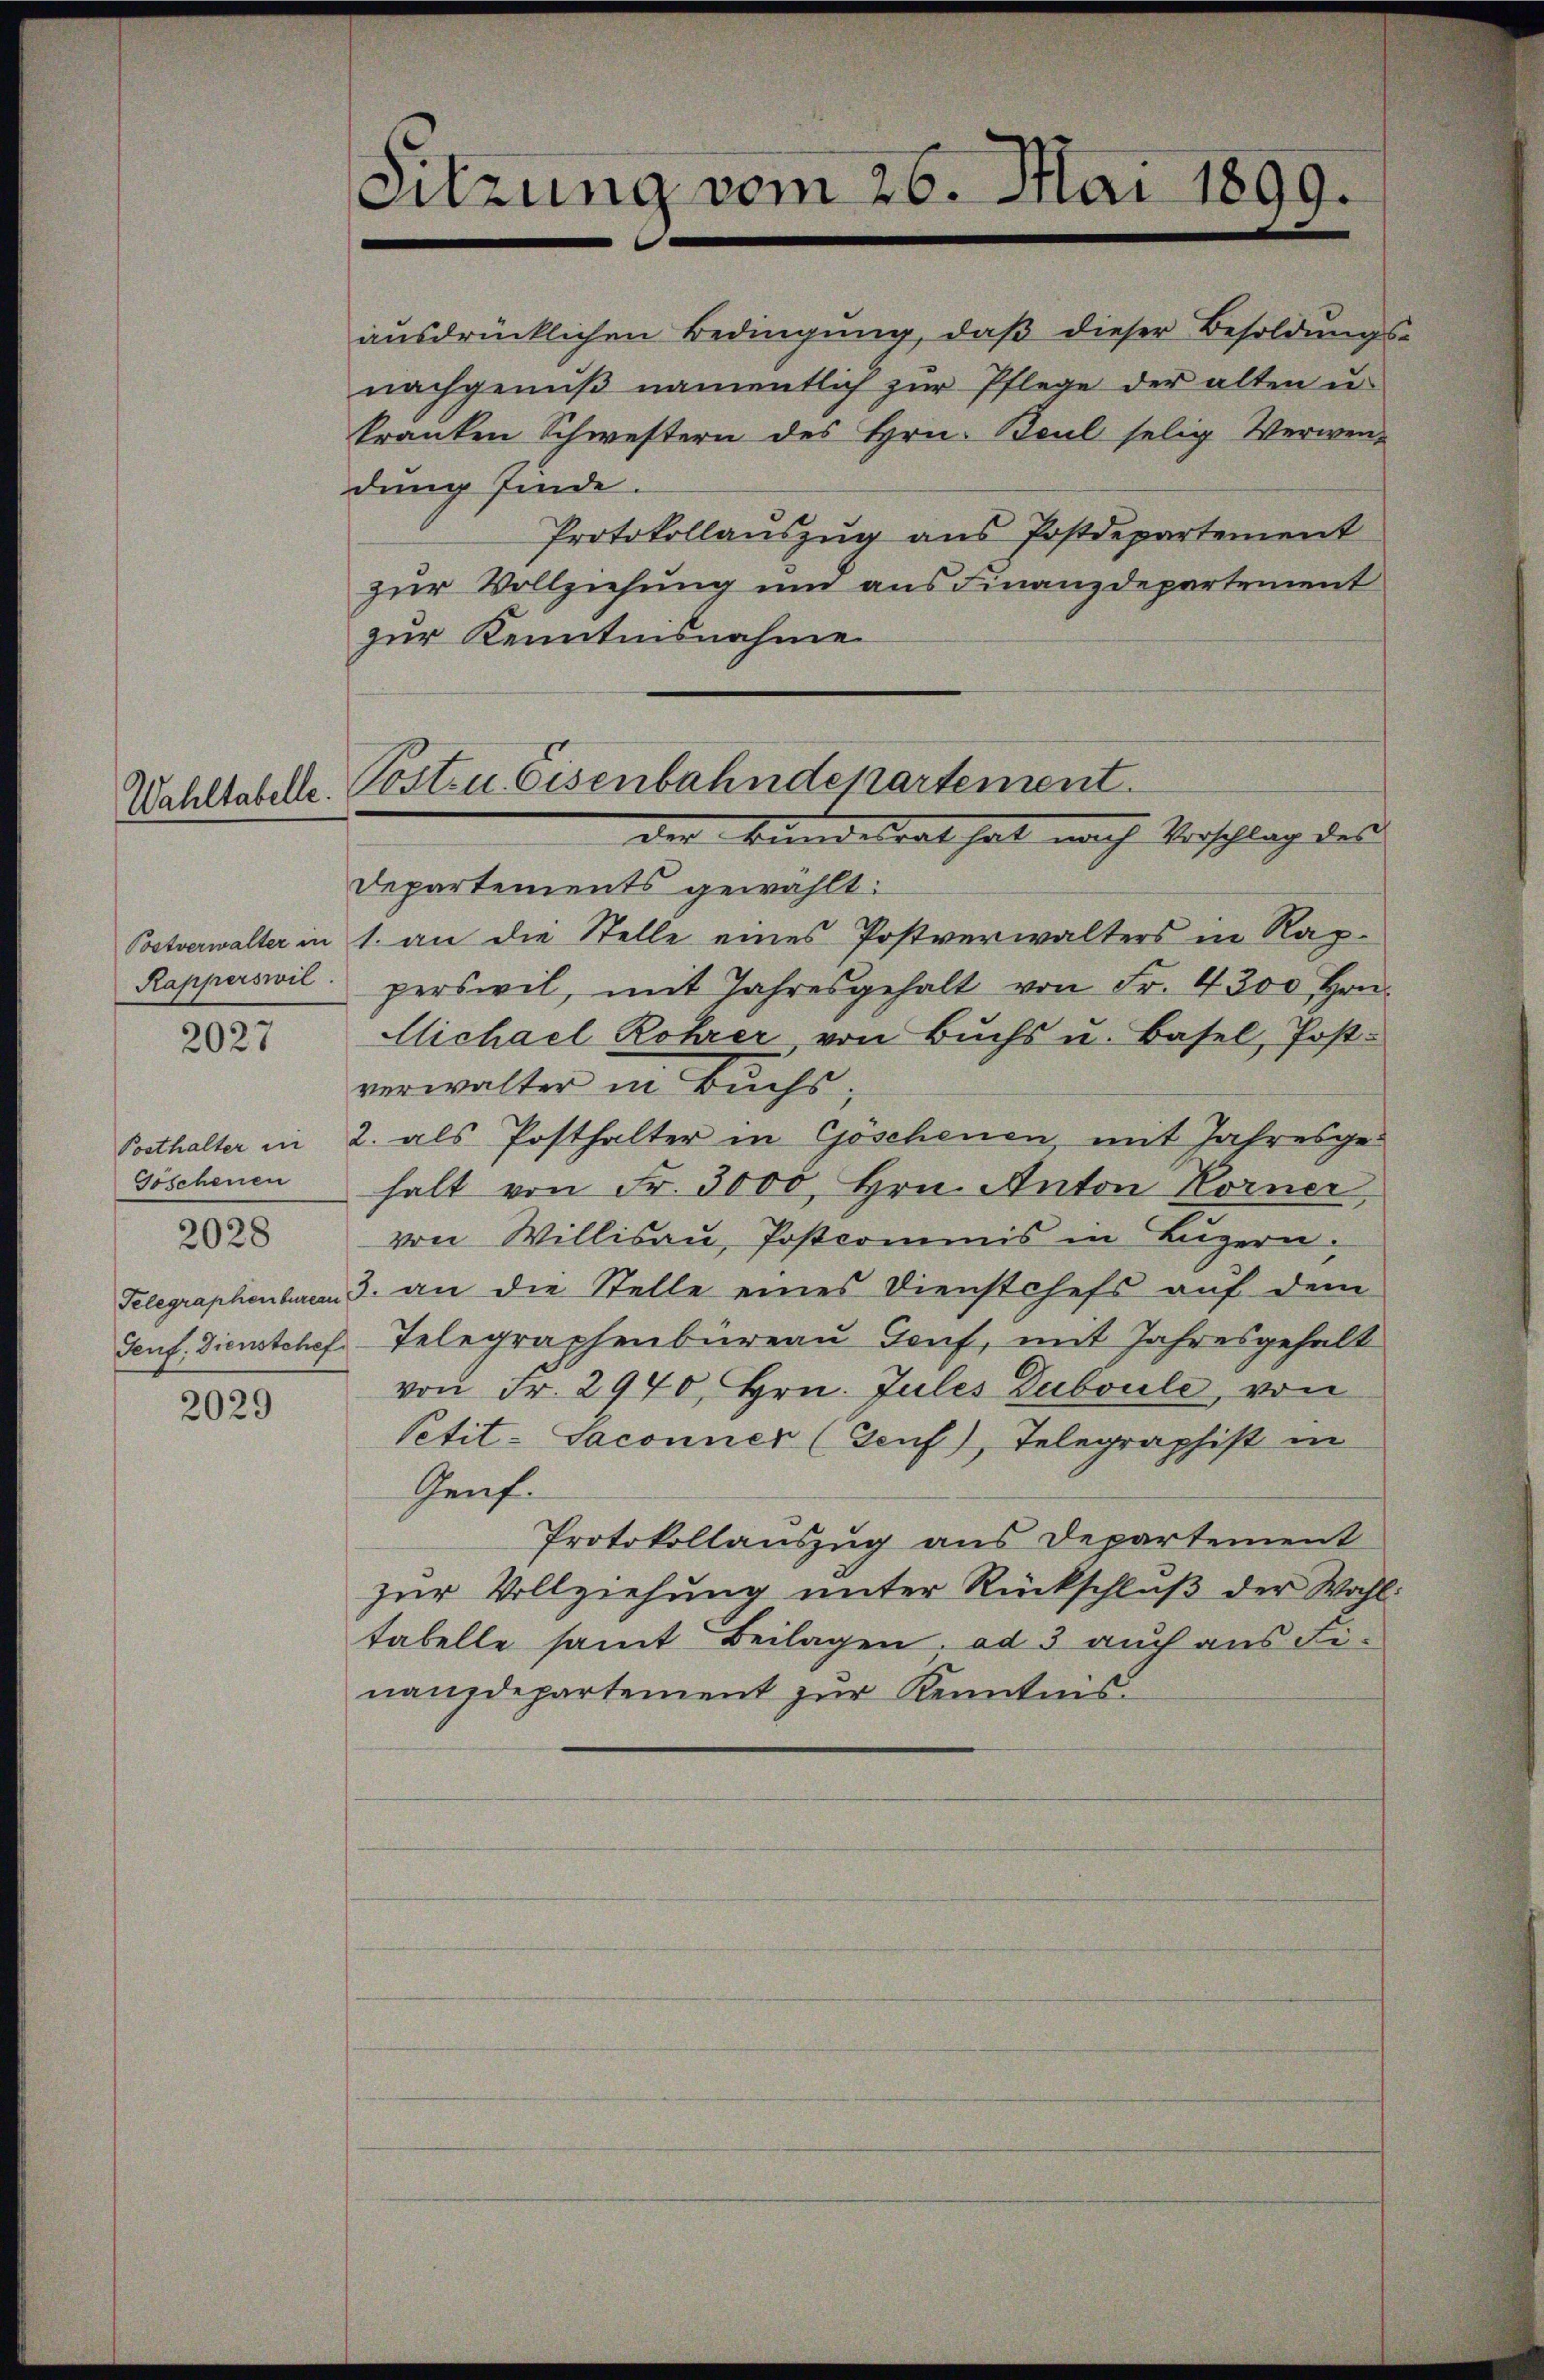
Rapperswil

2027

2028

2029

f

Goschenen
Genf. Dienstehef

Sitzung vom 26. Mai 1899.

Wahltabelle. Posten Eisenbahndepartement
der Bundesrat hat nach Vorschlag des

aŭsdrücklichen Bedingŭng, daβ dieser Besoldŭngs-
nachgenuß namentlich zur Pflege der alten u.
kranken Schwestern des Hrn. Baul selig Verwendung finde.
Protokollauszug aus Postdepartement
zur Vollziehung und aus Finanzdepartement
zur Kenntnisnahme
Departements gewählt:
Poetverwalter in 1. an die Stelle eines Postverwalters in Rapperswil, mit Jahresgehalt von Fr. 4300 Hrn.
Michael Rohrer von Buchs u. Basel, Postverwalter in Buchs
Posthalter in 2. als Posthalter in Göschenen, mit Jahresgehalt von Fr. 3000, Hrn. Anton Korner,
von Willisau, Postcommis in Luzern,
Telegraphenbarem 3. an die Stelle eines Dienstchefs aŭf dem
Telegraphenbureau Genf, mit Jahresgehalt
von Fr. 2940, Hrn. Jules Duboule, von
Petit-Saconner (Genf), Telegraphist in
Genf.
Protokollauszug aus Departement
zur Vollziehung unter Rückschluß der Wahl
tabelle samt Beilagen ad 3 auch aus Finanzdepartement zur Kenntnis.